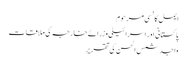
ایمل کانسی مرحوم
پاکستانی اور اسرائیلی وزرائے خارجہ کی ملاقات
واجد شمس الحسن کی تقریر